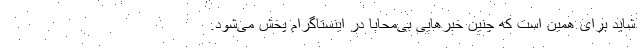
شاید برای همین است که چنین خبرهایی بی‌محابا در اینستاگرام پخش می‌شود.